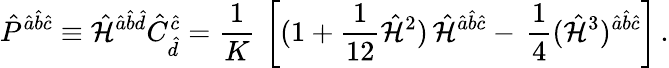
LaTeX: \hat{P}^{\hat{a}\hat{b}\hat{c}}\equiv\hat{\cal H}^{\hat{a}\hat{b}\hat{d}}\hat{C}_{\hat{d}}^{\hat{c}}={\frac{1}{K}}\, \left[(1+{\frac{1}{12}}\hat{{\cal H}}^{2})\, \hat{\cal H}^{\hat{a}\hat{b}\hat{c}}-\, {\frac{1}{4}}(\hat{{\cal H}}^{3})^{\hat{a}\hat{b}\hat{c}}\right]\, .